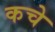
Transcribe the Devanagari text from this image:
कचे